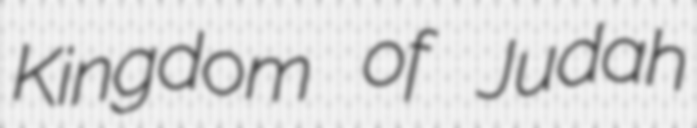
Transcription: Kingdom of Judah